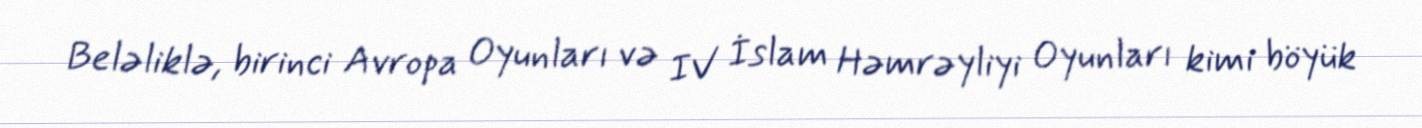
Beləliklə, birinci Avropa Oyunları və IV İslam Həmrəyliyi Oyunları kimi böyük